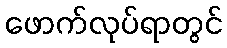
ဖောက်လုပ်ရာတွင်